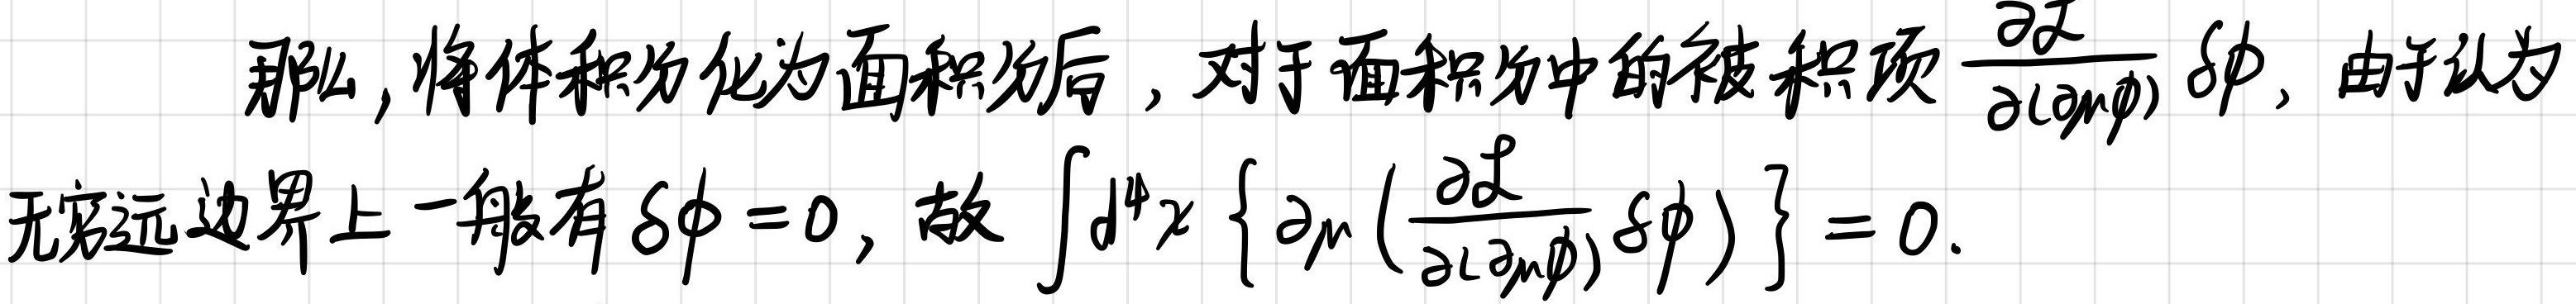
那么, 将体积分化为面积分后, 对于面积分中的被积项$\frac{\partial \mathcal{L}}{\partial(\partial_{\mu} \phi)} \delta \phi$, 由于认为无穷远边界上一般有$\delta \phi=0$, 故$\int \mathrm{d}^{4} x\left\{\partial_{\mu}\left(\frac{\partial \mathcal{L}}{\partial(\partial_{\mu} \phi)} \delta \phi\right)\right\}=0$.